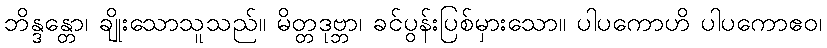
ဘိန္ဒန္တော၊ ချိုးသောသူသည်။ မိတ္တဒုဗ္ဘာ၊ ခင်ပွန်းပြစ်မှားသော။ ပါပကောဟိ ပါပကောဧဝ၊